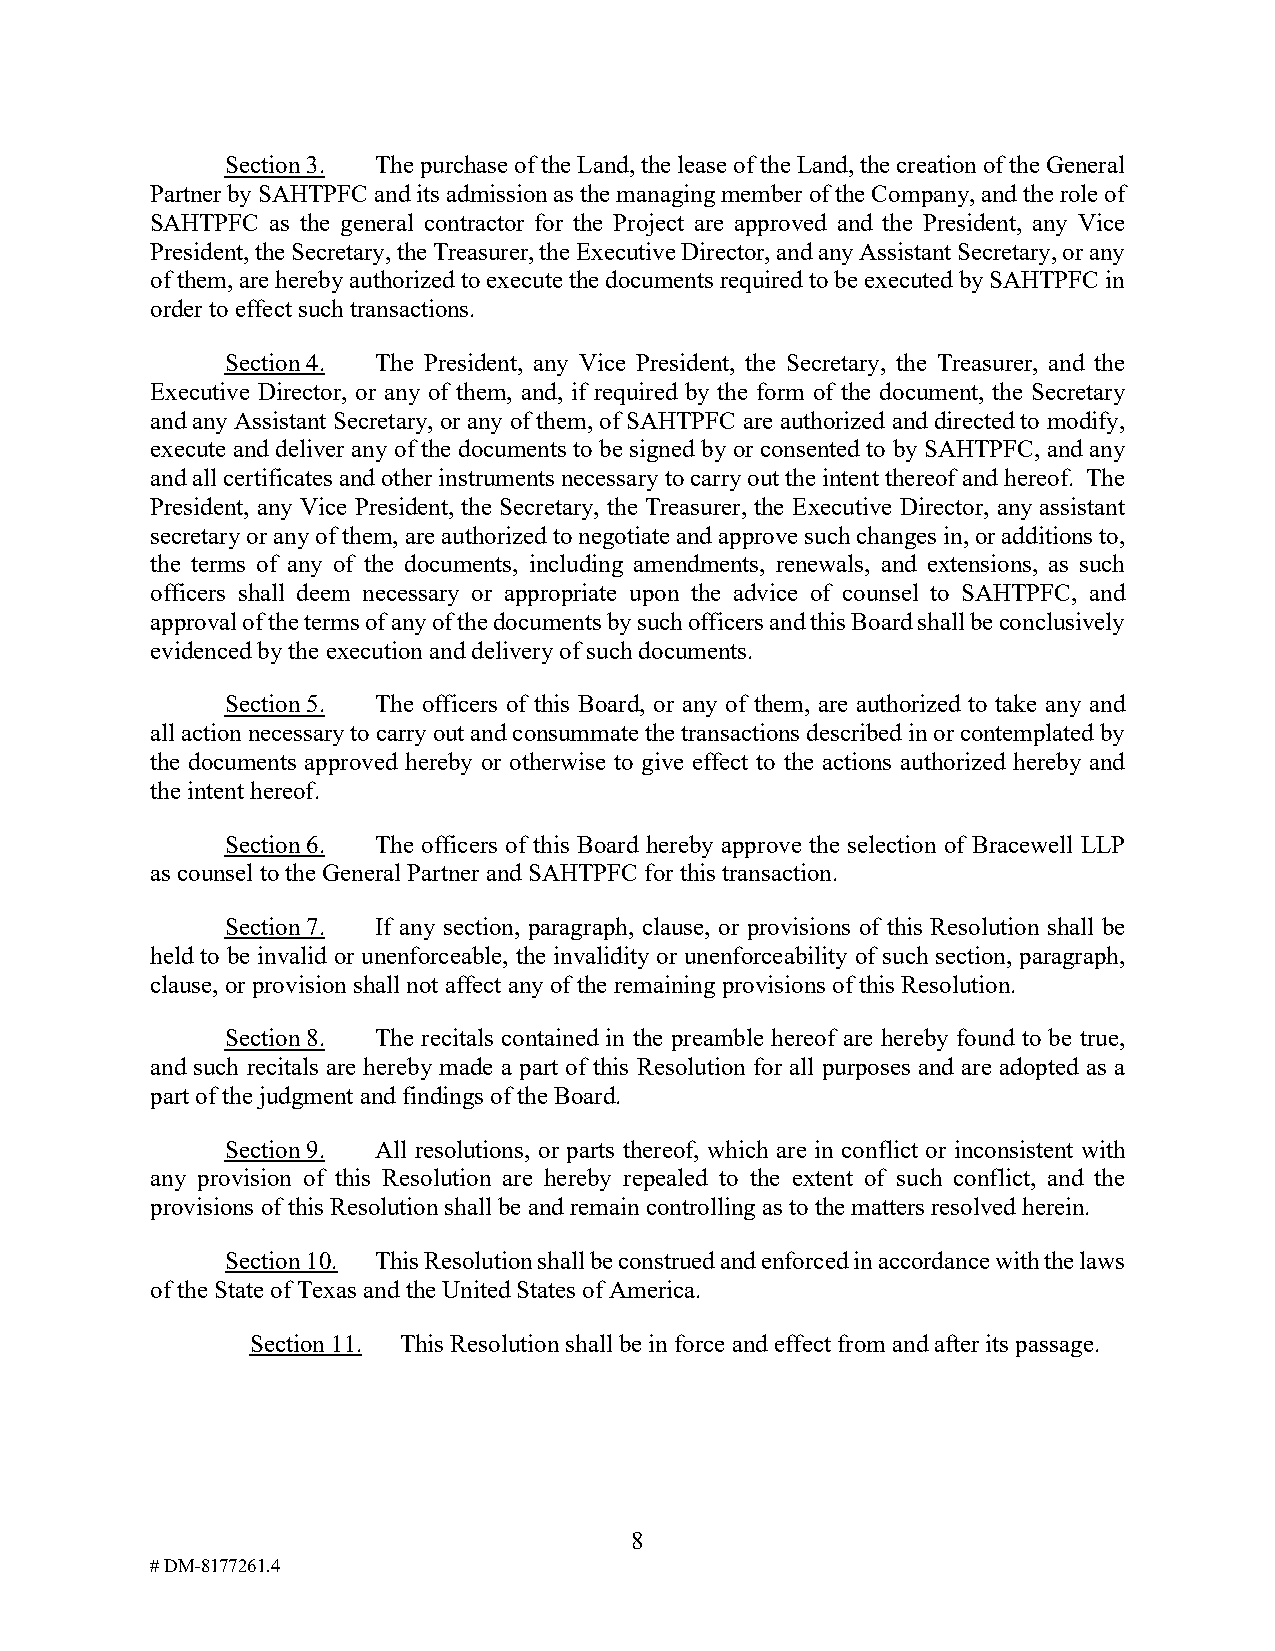
Section 3. The purchase of the Land, the lease of the Land, the creation of the General
 Partner by SAHTPFC and its admission as the managing member of the Company, and the role of
 SAHTPFC as the general contractor for the Project are approved and the President, any Vice
 President, the Secretary, the Treasurer, the Executive Director, and any Assistant Secretary, or any
 of them, are hereby authorized to execute the documents required to be executed by SAHTPFC in
 order to effect such transactions.
 Section 4. The President, any Vice President, the Secretary, the Treasurer, and the
 Executive Director, or any of them, and, if required by the form of the document, the Secretary
 and any Assistant Secretary, or any of them, of SAHTPFC are authorized and directed to modify,
 execute and deliver any of the documents to be signed by or consented to by SAHTPFC, and any
 and all certificates and other instruments necessary to carry out the intent thereof and hereof. The
 President, any Vice President, the Secretary, the Treasurer, the Executive Director, any assistant
 secretary or any of them, are authorized to negotiate and approve such changes in, or additions to,
 the terms of any of the documents, including amendments, renewals, and extensions, as such
 officers shall deem necessary or appropriate upon the advice of counsel to SAHTPFC, and
 approval of the terms of any of the documents by such officers and this Board shall be conclusively
 evidenced by the execution and delivery of such documents.
 Section 5. The officers of this Board, or any of them, are authorized to take any and
 all action necessary to carry out and consummate the transactions described in or contemplated by
 the documents approved hereby or otherwise to give effect to the actions authorized hereby and
 the intent hereof.
 Section 6. The officers of this Board hereby approve the selection of Bracewell LLP
 as counsel to the General Partner and SAHTPFC for this transaction.
 Section 7. If any section, paragraph, clause, or provisions of this Resolution shall be
 held to be invalid or unenforceable, the invalidity or unenforceability of such section, paragraph,
 clause, or provision shall not affect any of the remaining provisions of this Resolution.
 Section 8. The recitals contained in the preamble hereof are hereby found to be true,
 and such recitals are hereby made a part of this Resolution for all purposes and are adopted as a
 part of the judgment and findings of the Board.
 Section 9. All resolutions, or parts thereof, which are in conflict or inconsistent with
 any provision of this Resolution are hereby repealed to the extent of such conflict, and the
 provisions of this Resolution shall be and remain controlling as to the matters resolved herein.
 Section 10. This Resolution shall be construed and enforced in accordance with the laws
 of the State of Texas and the United States of America.
 Section 11. This Resolution shall be in force and effect from and after its passage.
 8
 # DM-8177261.4